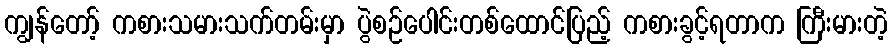
ကျွန်တော့် ကစားသမားသက်တမ်းမှာ ပွဲစဉ်ပေါင်းတစ်ထောင်ပြည့် ကစားခွင့်ရတာက ကြီးမားတဲ့